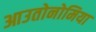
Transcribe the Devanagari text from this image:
आउतोनोमिया